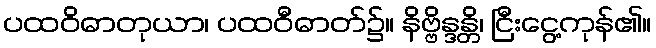
ပထဝိဓာတုယာ၊ ပထဝီဓာတ်၌။ နိဗ္ဗိန္ဒန္တိ၊ ငြီးငွေ့ကုန်၏။